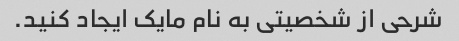
شرحی از شخصیتی به نام مایک ایجاد کنید.